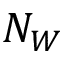
N _ { W }